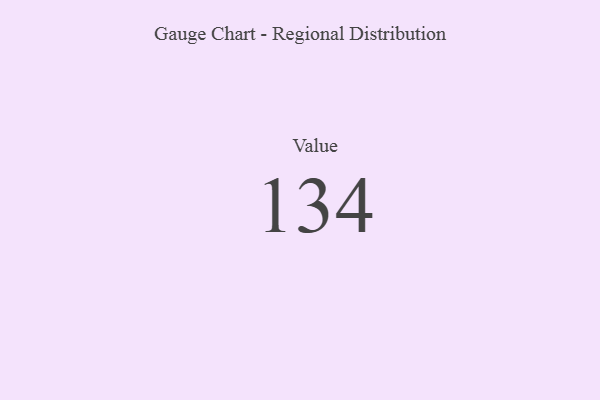
{"axis": {"x": "Metric", "y": "Value"}, "legend": [""], "data": [{"x": "Value", "y": 134, "type": ""}]}